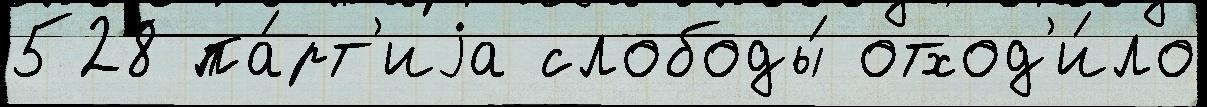
528 па́рт'иjа слободы́ отход'и́ло